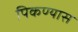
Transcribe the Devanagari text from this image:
पिकण्यास